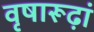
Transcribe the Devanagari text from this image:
वृषारूढ़ां